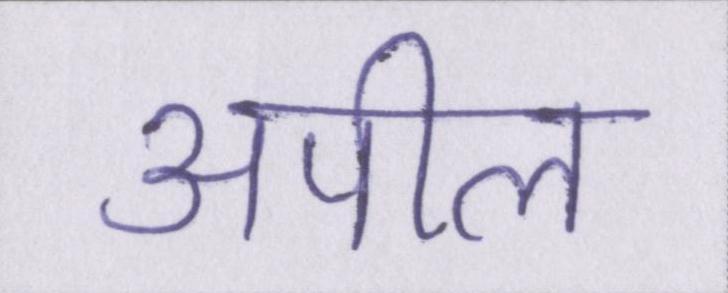
अपील